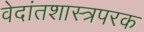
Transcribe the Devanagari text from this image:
वेदांतशास्त्रपरक